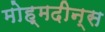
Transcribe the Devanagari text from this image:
मोह्मदीन्स